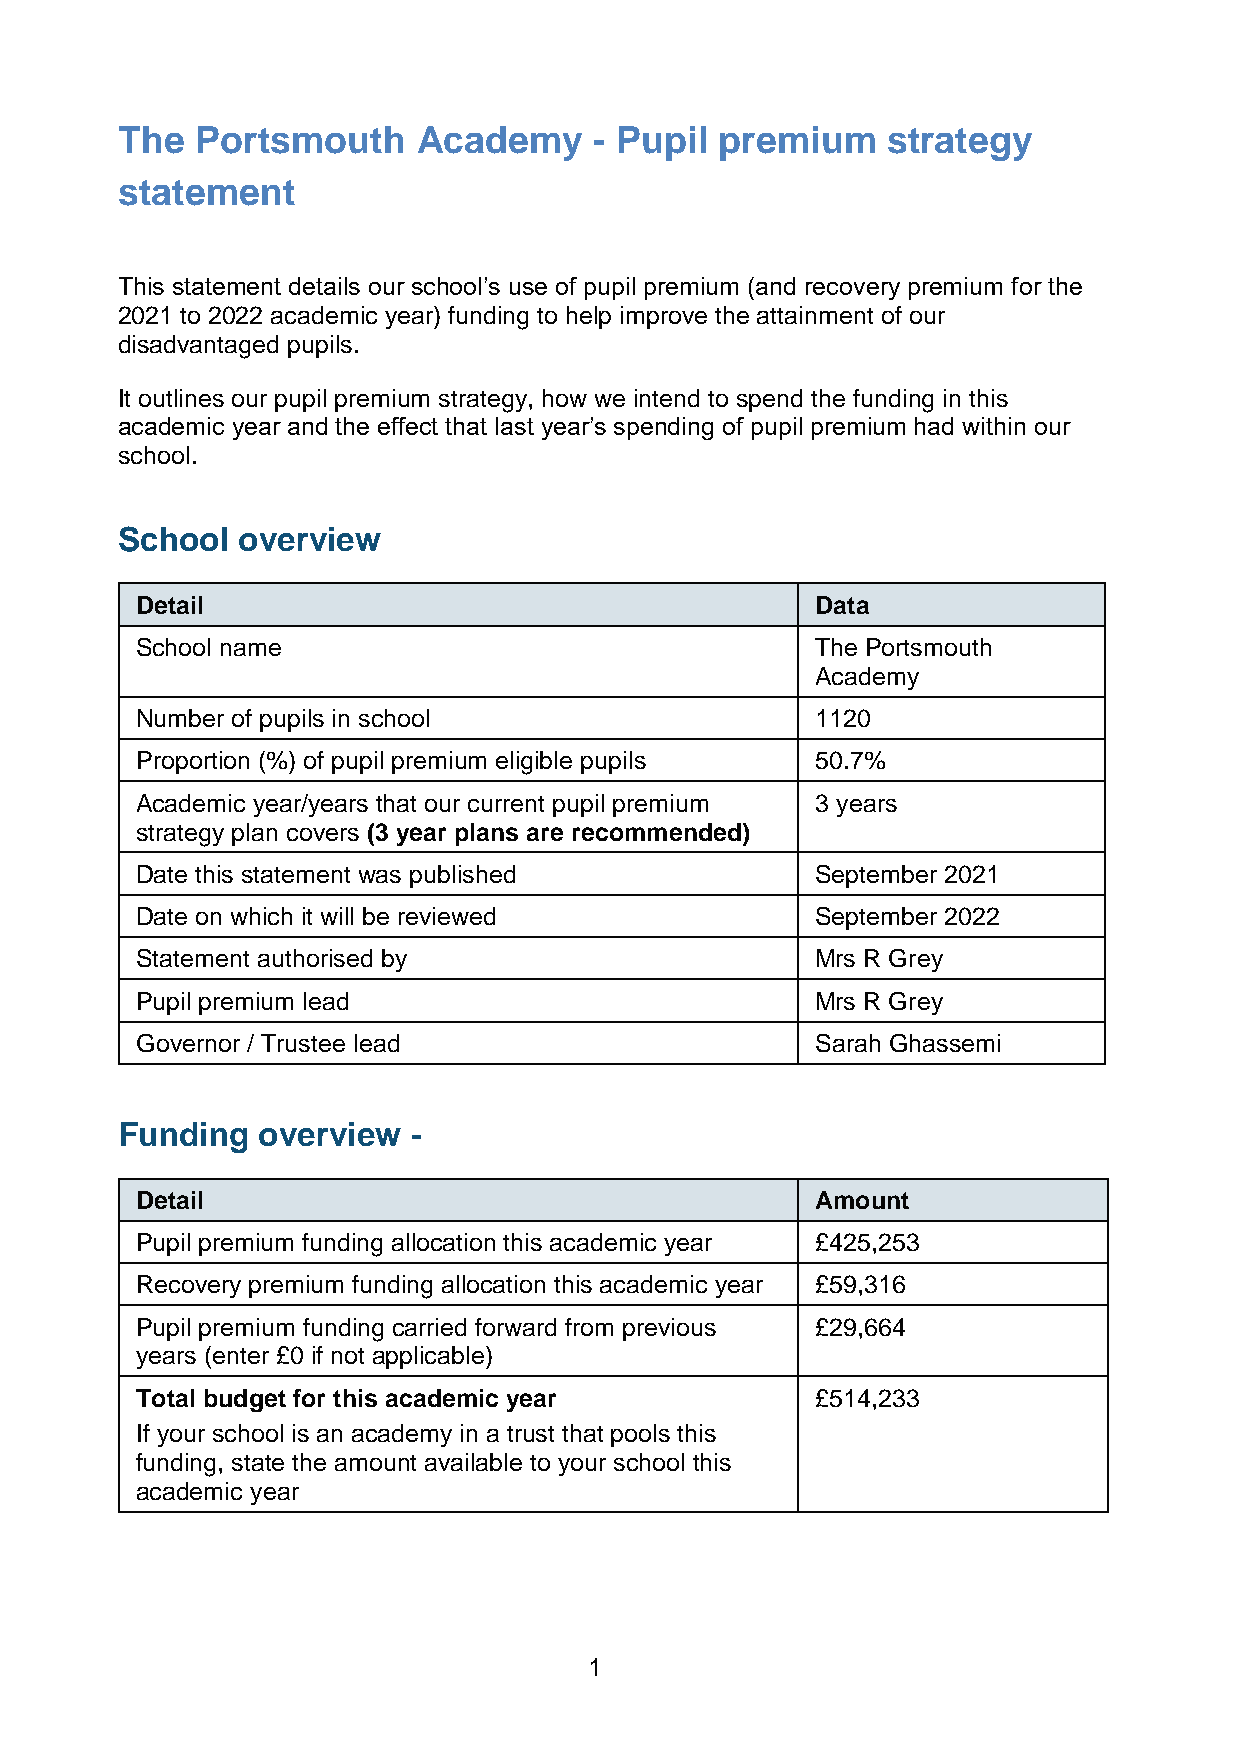
The  Portsmouth     Academy    - Pupil  premium    strategy
 statement
 This statement details our school’s use of pupil premium (and recovery premium for the
 2021 to 2022 academic year) funding to help improve the attainment of our
 disadvantaged pupils.
 It outlines our pupil premium strategy, how we intend to spend the funding in this
 academic year and the effect that last year’s spending of pupil premium had within our
 school.
 School  overview
 Detail                                       Data
 School name                                  The Portsmouth
 Academy
 Number of pupils in school                   1120
 Proportion (%) of pupil premium eligible pupils 50.7%
 Academic year/years that our current pupil premium 3 years
 strategy plan covers (3 year plans are recommended)
 Date this statement was published            September 2021
 Date on which it will be reviewed            September 2022
 Statement authorised by                      Mrs R Grey
 Pupil premium lead                           Mrs R Grey
 Governor / Trustee lead                      Sarah Ghassemi
 Funding  overview  -
 Detail                                       Amount
 Pupil premium funding allocation this academic year £425,253
 Recovery premium funding allocation this academic year £59,316
 Pupil premium funding carried forward from previous £29,664
 years (enter £0 if not applicable)
 Total budget for this academic year          £514,233
 If your school is an academy in a trust that pools this
 funding, state the amount available to your school this
 academic year
 1